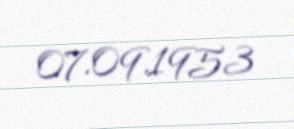
07.09.1953